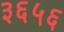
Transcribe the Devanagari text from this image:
३६५६